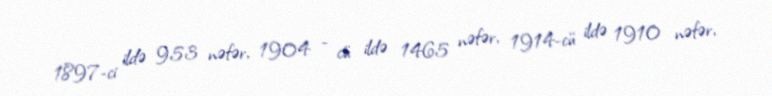
1897-ci ildə 953 nəfər, 1904 - cü ildə 1465 nəfər, 1914-cü ildə 1910 nəfər,